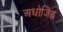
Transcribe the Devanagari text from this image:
अधोजिह्व